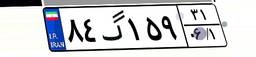
۸۴گ۱۵۹۳۱